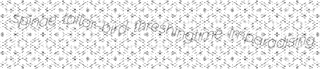
spinae tailor-bird threshingtime imparadising